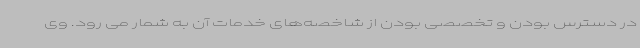
در دسترس بودن و تخصصی بودن از شاخصه‌های خدمات آن به شمار می رود. وی